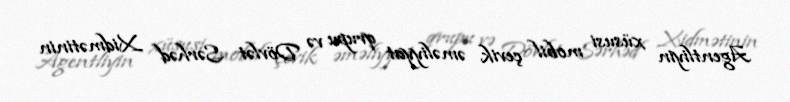
Agentliyin xüsusi mobil çevik əməliyyat qrupu və Dövlət Sərhəd Xidmətinin